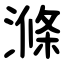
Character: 滌